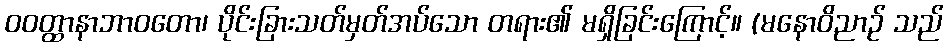
ဝဝတ္ထာနာဘာဝတော၊ ပိုင်းခြားသတ်မှတ်အပ်သော တရား၏ မရှိခြင်းကြောင့်။ (မနောဝိညာဉ် သည်